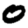
Digit: 0